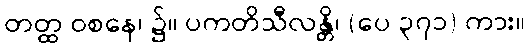
တတ္ထ ဝစနေ၊ ၌။ ပကတိသီလန္တိ၊ (ပေ ၃၇၁) ကား။